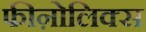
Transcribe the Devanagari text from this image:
फीऩोलिक्स